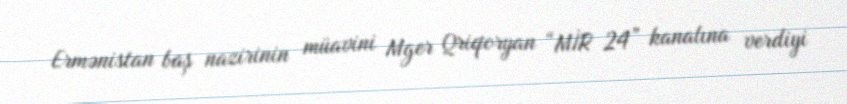
Ermənistan baş nazirinin müavini Mger Qriqoryan “MİR 24” kanalına verdiyi